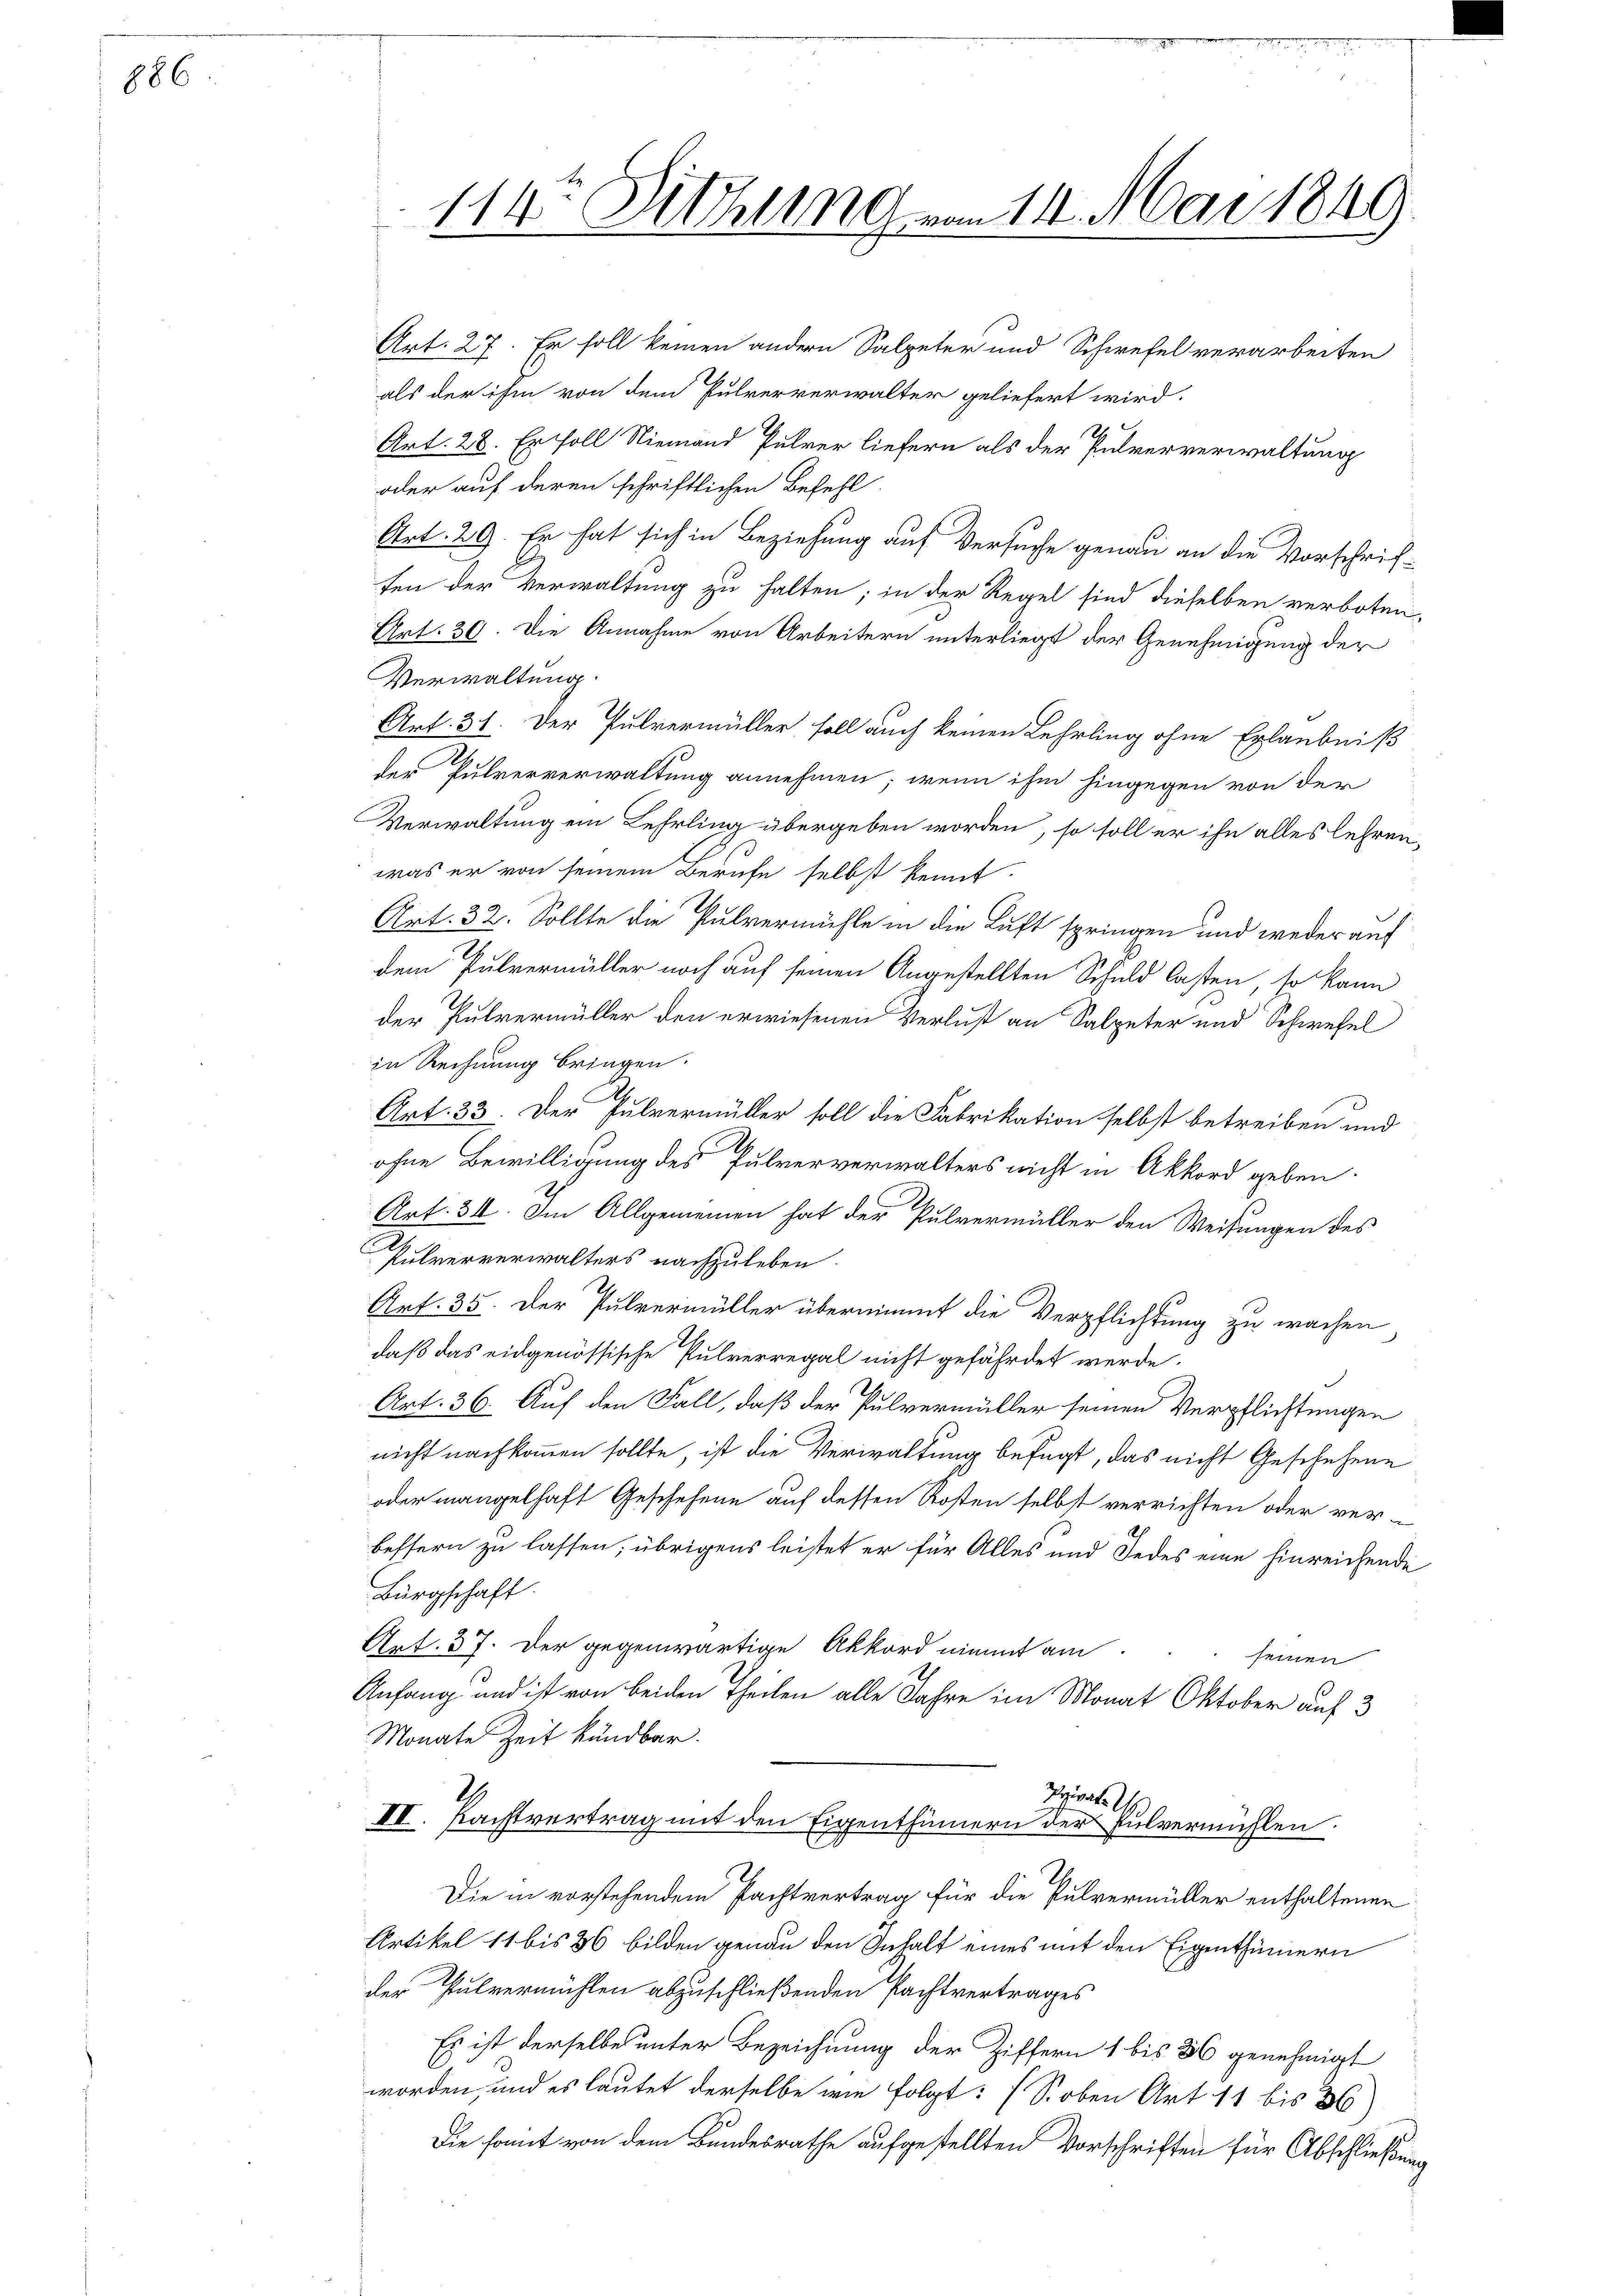
886.

oder auf deren schriftlichen Befehl.
Art. 29. Er hat sich in Beziehung auf Versuche genau an die Vorschriften der Verwaltung zu halten; in der Regel sind dieselben verboten,
Art. 30. Die Annahme von Arbeitern unterliegt der Genehmigung der
Verwaltung.
Art. 31. Der Pulvermüller, soll auch keinen Lehrling ohne Erlaubniß
der Pulververwaltung annehmen; wenn ihm hingegen von der
Verwaltung ein Lehrling übergeben worden, so soll er ihn alles lehren,
was er von seinem Berufe selbst kennt.
Art. 32. Sollte die Pulvermühle in die Luft springen und weder auf
dem Pulvermüller noch auf seinen Angestellten Schuld lasten, so kann
der Pulvermüller den erwiesenen Verlust an Salpeter und Schwefel
in Rechnung bringen.
Art. 33. Der Pulvermüller soll die Fabrikation selbst betreiben und
ohne Bewilligung des Pulververwalters nicht in Akkord geben.
Art. 31. Im Allgemeinen hat der Pulvermüller den Weisungen des
Pulververwalters nachzuleben.
Art. 35. Der Pulvermüller übernimmt die Verpflichtung zu wachen
daß das eidgenössische Pulverregal nicht gefährdet werde.
Art. 36. Auf den Fall, daß der Pulvermüller seinen Verpflichtungen
nicht nachkommen sollte, ist die Verwaltung befugt, das nicht Geschehene
oder mangelhaft Geschehene auf dessen Kosten selbst verrichten oder ver-
bessern zu lassen, übrigens leistet er für Alles und Jedes eine hinreichende
Bürgschaft.
Art. 37. Der gegenwärtige Akkord nimmt am
seinen
Anfang und ist von beiden Theilen alle Jahre im Monat Oktober auf 3
Monate Zeit kündbar.
2
Privat
VI. Fastvertrag mit den Eigenthümern der Pulvermühlen.
Die in vorstehendem Pachtvertrag für die Pulvermüller enthaltenen
Artikel 11 bis 36 bilden genau den Inhalt eines mit den Eigenthümern
der Pulvermühlen abzuschließenden Pachtvertrages
Es ist derselbe unter Bezeichnung der Ziffern 1 bis 36 genehmigt
worden, und es lautet derselbe wie folgt: (S. oben Art 11 bis 36)
Die somit von dem Bundesrathe aufgestellten Vorschriften für Abschließung

114. Sitzung vom 14. Mai 1849.

Art. 27. Er soll keinen andern Salpeter und Schwefel verarbeiten
als der ihm von dem Pulververwalter geliefert wird.
Art. 28. Er soll Niemand Pulver liefern als der Pulververwaltung